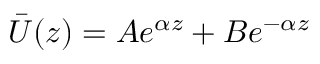
\bar { U } ( z ) = A e ^ { \alpha z } + B e ^ { - \alpha z }